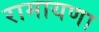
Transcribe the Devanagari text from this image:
रामायणा